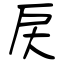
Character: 戻